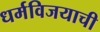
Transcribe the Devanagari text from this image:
धर्मविजयाची